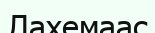
Лахемаас